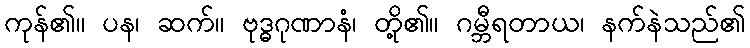
ကုန်၏။ ပန၊ ဆက်။ ဗုဒ္ဓဂုဏာနံ၊ တို့၏။ ဂမ္ဘီရတာယ၊ နက်နဲသည်၏